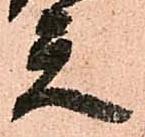
天